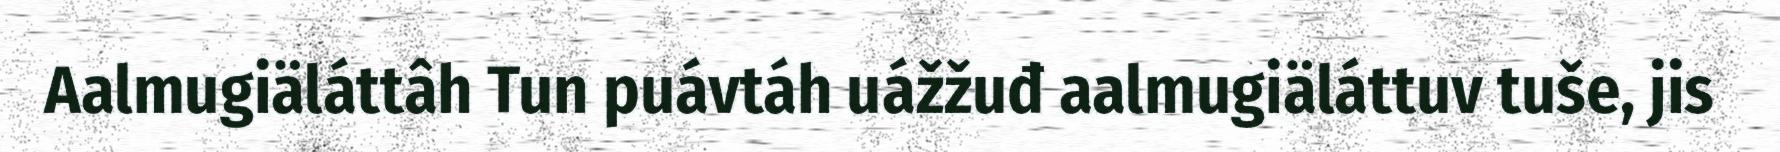
Aalmugiäláttâh Tun puávtáh uážžuđ aalmugiäláttuv tuše, jis